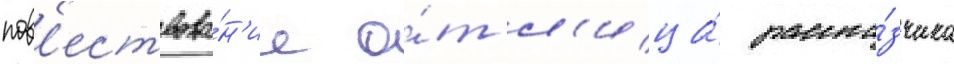
пов'ествова́н'ие о́т л'ица́ расска́зчика